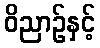
ဝိညာဉ်နှင့်